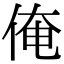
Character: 俺